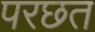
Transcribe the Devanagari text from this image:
परछत